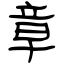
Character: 章